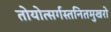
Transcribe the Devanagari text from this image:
तोयोत्सर्गस्तनितमुखरो